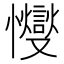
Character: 㦪